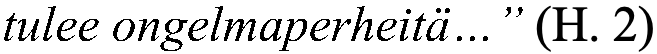
tulee ongelmaperheitä…” (H. 2)